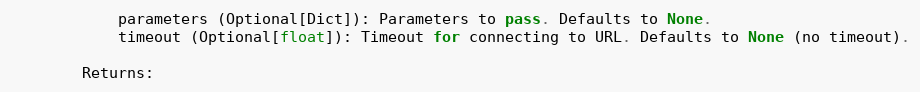
Language: Python
            parameters (Optional[Dict]): Parameters to pass. Defaults to None.
            timeout (Optional[float]): Timeout for connecting to URL. Defaults to None (no timeout).

        Returns: